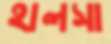
হালসা